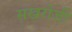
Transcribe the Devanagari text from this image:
सखरोजी